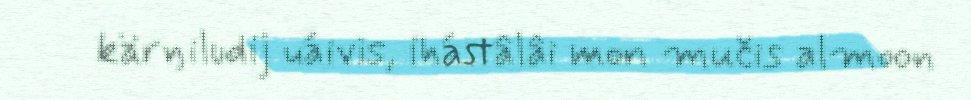
kärŋiludij uáivis, ihástâlâi mon mučis almoon